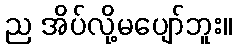
ည အိပ်လို့မပျော်ဘူး။